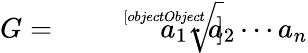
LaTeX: G={\sqrt[[objectObject]]{a_{1}\cdot a_{2}\cdots a_{n}}}